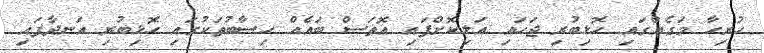
ހުރިހާ މަގެއްގައި ހޮޅިބުރި ޖަހައި އަލިކޮށްފައި އޮތަސް ބައެއް ހިސާބުތަކުގައި ހޮޅިބުރި އަނދާފައި